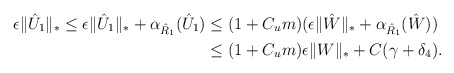
\begin{align*}\epsilon\Vert \hat{U}_1 \Vert_* \le \epsilon\Vert \hat{U}_1 \Vert_* + \alpha_{\hat{R}_1}(\hat{U}_1) &\le (1 + C_{u}m)(\epsilon\Vert \hat{W} \Vert_* + \alpha_{\hat{R}_1}(\hat{W})) \\& \le (1 + C_{u}m)\epsilon\Vert W \Vert_* + C(\gamma+ \delta_4).\end{align*}